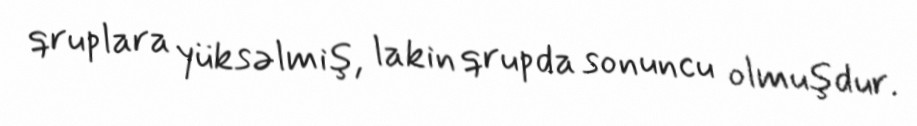
qruplara yüksəlmiş, lakin qrupda sonuncu olmuşdur.